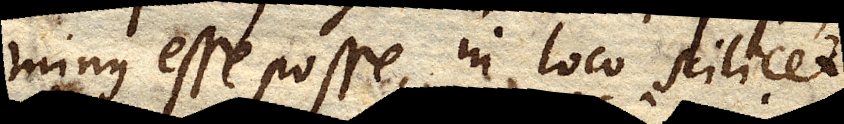
minus esse posse, in loco scilicet